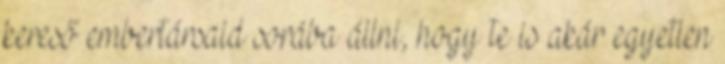
kereső embertársaid sorába állni, hogy te is akár egyetlen